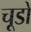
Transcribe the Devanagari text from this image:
चूडों